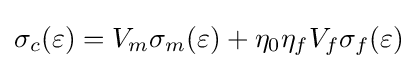
\sigma _{c}(\varepsilon )=V_{m}\sigma _{m}(\varepsilon )+\eta _{0}\eta _{f}V_{f}\sigma _{f}(\varepsilon )